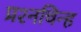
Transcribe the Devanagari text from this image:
प्रश्‍नचिन्ह